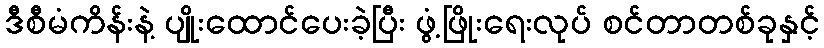
ဒီစီမံကိန်းနဲ့ ပျိုးထောင်ပေးခဲ့ပြီး ဖွံ့ဖြိုးရေးလုပ် စင်တာတစ်ခုနှင့်